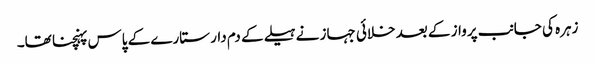
زہرہ کی جانب پرواز کے بعد خلائی جہاز نے ہیلے کے دم دار ستارے کے پاس پہنچنا تھا۔